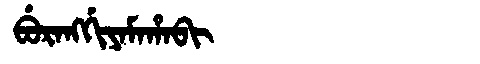
Manchu: ᠪᡠᡵᠠᠩᡤᡳᠶᠠᠮᠠᡥᠠᠪᡳ
Romanization: BURANGGIYAMAHABI